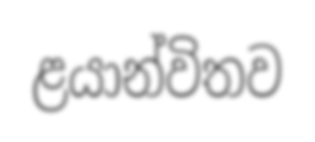
ළයාන්විතව